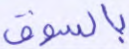
بالسوق